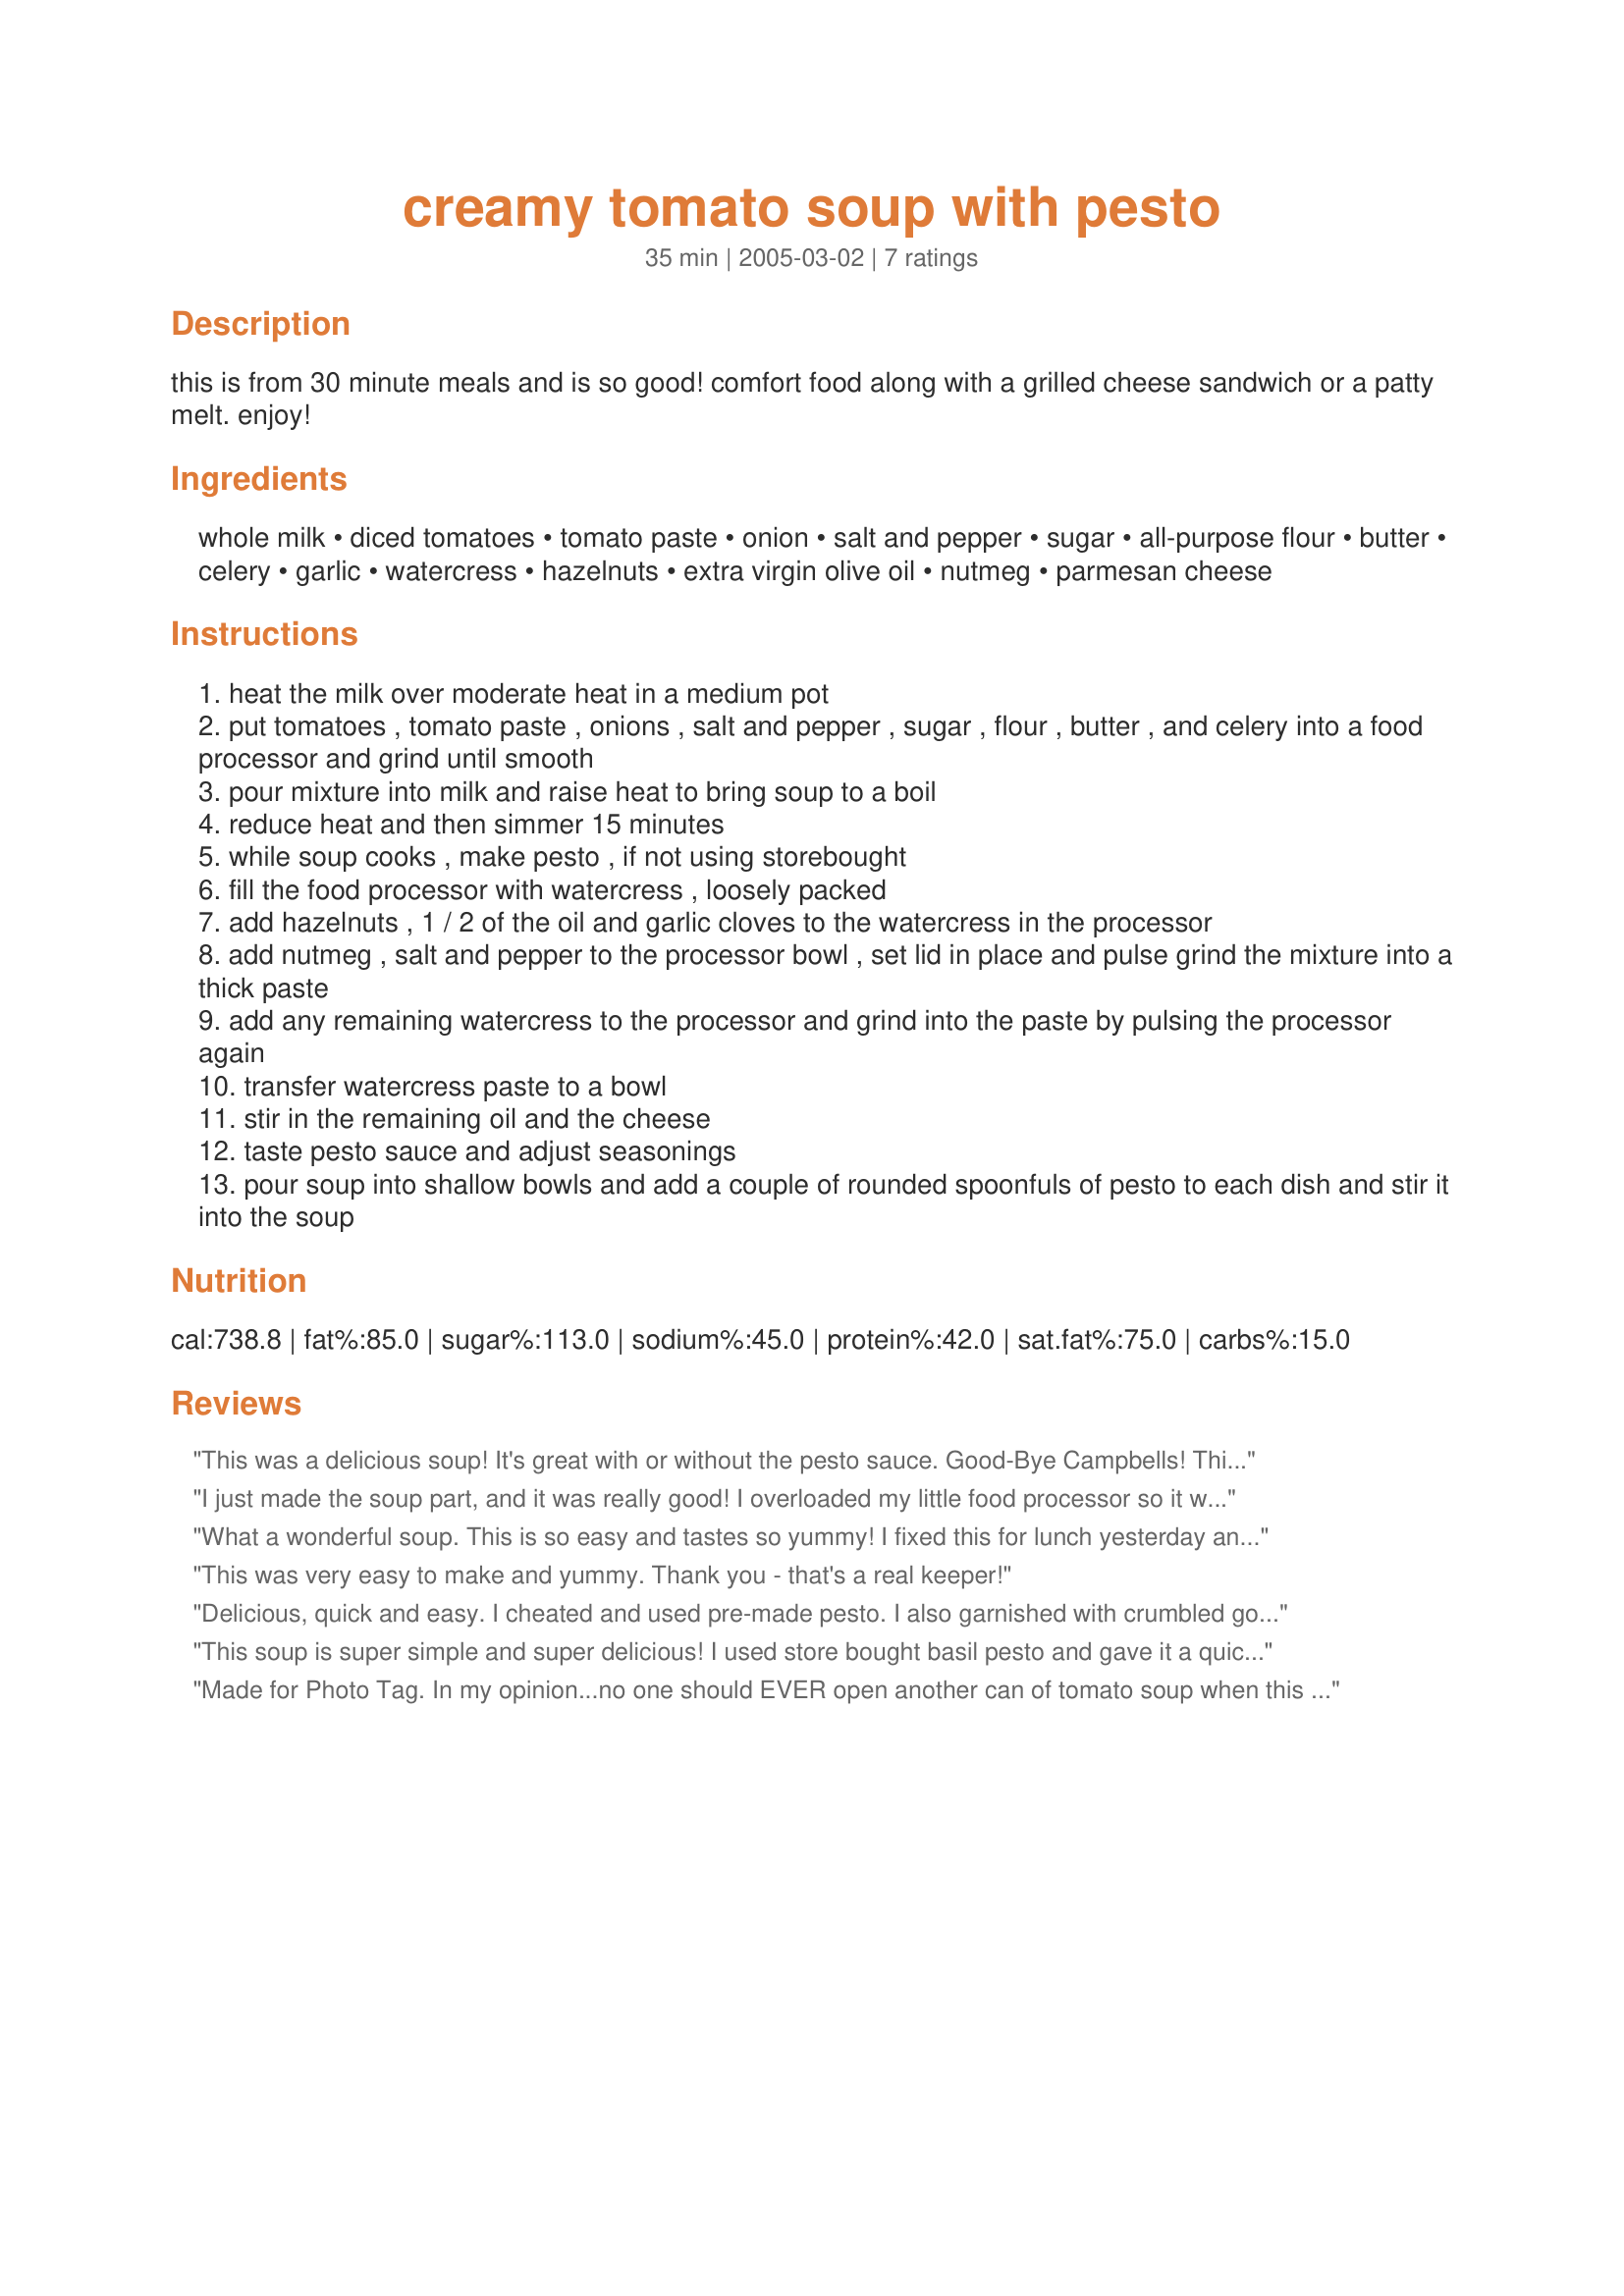
creamy tomato soup with pesto
Preparation time: 35 minutes

this is from 30 minute meals and is so good! comfort food along with a grilled cheese sandwich or a patty melt. enjoy!

Ingredients:
whole milk, diced tomatoes, tomato paste, onion, salt and pepper, sugar, all-purpose flour, butter, celery, garlic, watercress, hazelnuts, extra virgin olive oil, nutmeg, parmesan cheese

Steps:
heat the milk over moderate heat in a medium pot
put tomatoes , tomato paste , onions , salt and pepper , sugar , flour , butter , and celery into a food processor and grind until smooth
pour mixture into milk and raise heat to bring soup to a boil
reduce heat and then simmer 15 minutes
while soup cooks , make pesto , if not using storebought
fill the food processor with watercress , loosely packed
add hazelnuts , 1 / 2 of the oil and garlic cloves to the watercress in the processor
add nutmeg , salt and pepper to the processor bowl , set lid in place and pulse grind the mixture into a thick paste
add any remaining watercress to the processor and grind into the paste by pulsing the processor again
transfer watercress paste to a bowl
stir in the remaining oil and the cheese
taste pesto sauce and adjust seasonings
pour soup into shallow bowls and add a couple of rounded spoonfuls of pesto to each dish and stir it into the soup

Reviews:
This was a delicious soup! It's great with or without the pesto sauce. Good-Bye Campbells! This is easy to nake and satisfying, plus I know what's in it! Thanks!
I just made the soup part, and it was really good! I overloaded my little food processor so it wasn't as smooth as I would have liked (and would have probably fooled my 3-year-old into thinking it was the junk from the can). Next time, I'll blend smaller batches before combining with the milk. This was "recipe-napped" in the *Vegetarian Recipe Swap* because I wanted to make tomato soup and where to look for a great recipe? Well, the Amazing Sharon has 1700+ recipes and all that I have tried of hers so far have been terrific! Hurray! Another great one!
What a wonderful soup. This is so easy and tastes so yummy! I fixed this for lunch yesterday and I cut the recipe down for two of us...which I shouldn&#039;t have. Being a misty/wet day today I would love to have another dish. Followed the directions as given and definately will make this again. Made for Think Pink Cancer Awareness tag 2010 and Cook-A-Thon for Sharon 123. P.S. I made the pesto using basil, pine nuts and a little extra garlic....yummo!&lt;br/&gt;P.P.S. Was going to tag this yesterday for the Think Pink 2013 and realized I made this already...well I went ahead and made this again cutting it down for DH and I and this is as good as it was the first time. YUMMY! Thank you for posting. Oh yes, I realized I didn&#039;t give this any stars last time or they didn&#039;t stick...wish I could give more.
This was very easy to make and yummy. Thank you - that's a real keeper!
Delicious, quick and easy. I cheated and used pre-made pesto. I also garnished with crumbled gorgonzola and julienned roasted red peppers. It was wonderful both that night and as leftovers for lunch with a grilled cheese. GREAT recipe. Thank you!
This soup is super simple and super delicious! I used store bought basil pesto and gave it a quick toss in the food processor altogether instead of adding it as a garnish. Great to warm up on a cold rainy or snowy day!
Made for Photo Tag.
In my opinion...no one should EVER open another can of tomato soup when this whips up in literally minutes and has fresh gorgeous flavours of tomato lightly enhanced by onion,garlic,celery and pesto.
As you can see I REALLY liked it. LOL.If you're worried about preservatives in your food and want to cook healthy...go for this soup! I also think in place of the fresh garlic clove, a bit of raosted garlic would be delicious...and while we're at it...maybe a toasted piece of baguette floated on with a bit of cheese broiled on top *Voila...Au Gratin!*...Yikes I'm SO doing this next time! :)
